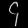
Digit: ၄